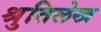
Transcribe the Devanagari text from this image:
श्रुतिलेख